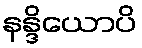
နန္ဒိယောပိ